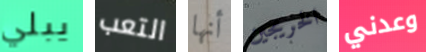
يبلي التعب أنها الخريجين وعدني